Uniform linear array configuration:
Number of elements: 12
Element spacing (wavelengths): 1
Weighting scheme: hann
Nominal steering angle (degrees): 60
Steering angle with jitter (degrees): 61.921
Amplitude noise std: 0.05
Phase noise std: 0.05

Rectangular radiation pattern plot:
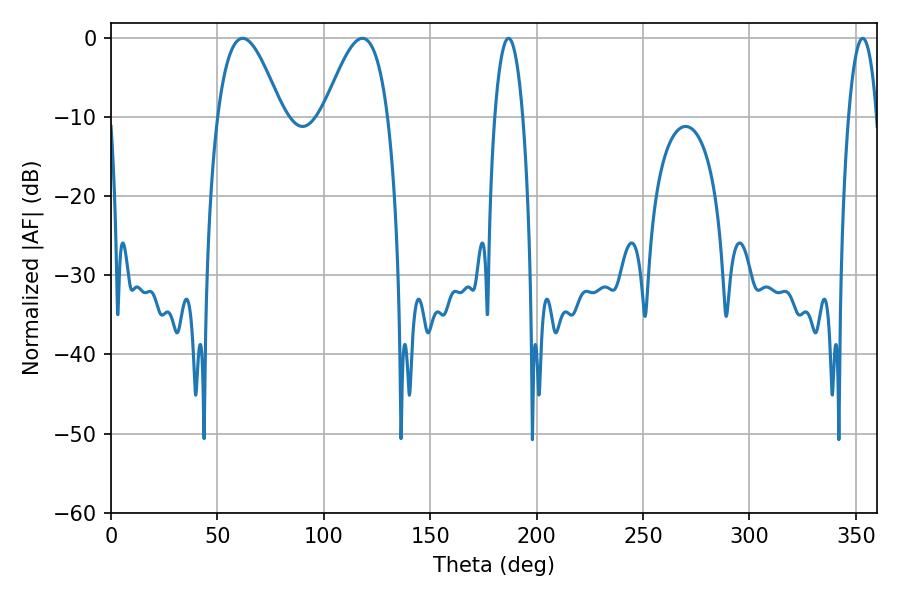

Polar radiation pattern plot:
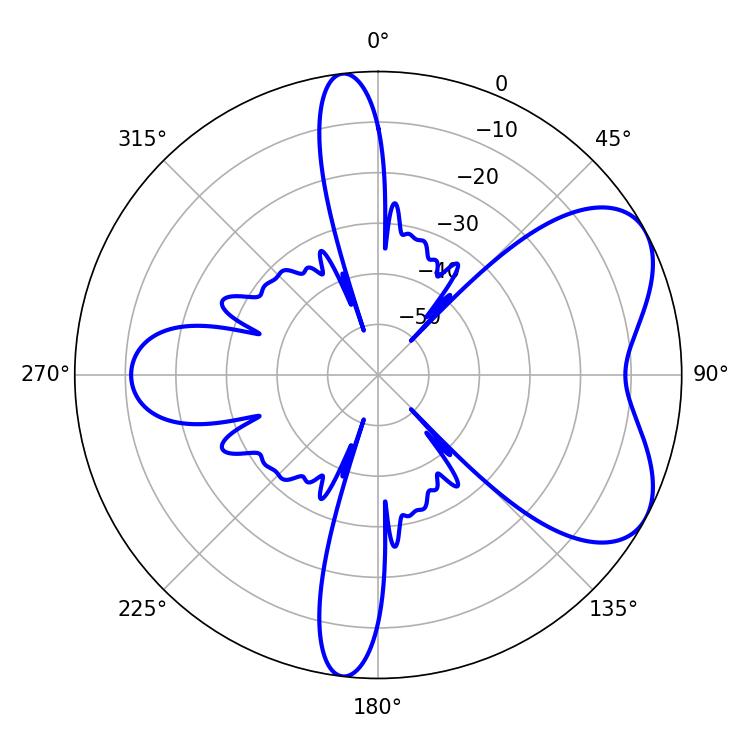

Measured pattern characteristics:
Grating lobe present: TRUE
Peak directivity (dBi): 5.875
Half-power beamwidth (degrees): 16.38
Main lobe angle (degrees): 61.92